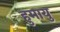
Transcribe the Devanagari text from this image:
हुमायु